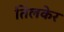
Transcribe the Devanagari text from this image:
तिलकेर